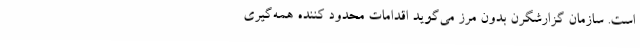
است. سازمان گزارشگرن بدون مرز می‌گوید اقدامات محدود کننده همه‌گیری